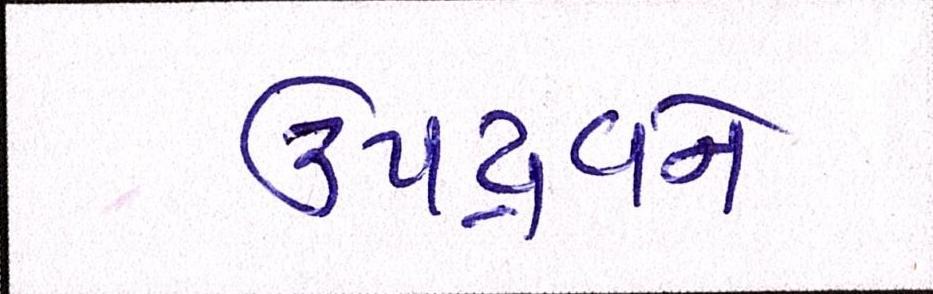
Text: ઉપદ્રવને